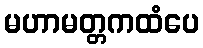
မဟာမတ္တကထံပေ